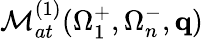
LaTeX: {\cal M}_{at}^{(1)}(\Omega_{1}^{+},\Omega_{n}^{-},\mathbf{q})